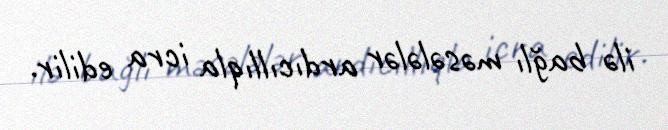
ilə bağlı məsələlər ardıcıllıqla icra edilir.